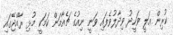
ކުރިން ޢަލީ ވަހީދު ވިދާލުވެފައި ވަނީ ނިއުގެ ޗެއާމަން ކަމަކީ މުޅި ރާއްޖޭގައި